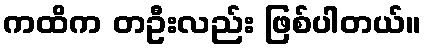
ကထိက တဦးလည်း ဖြစ်ပါတယ်။